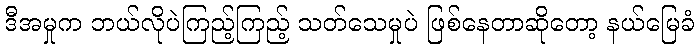
ဒီအမှုက ဘယ်လိုပဲကြည့်ကြည့် သတ်သေမှုပဲ ဖြစ်နေတာဆိုတော့ နယ်မြေခံ